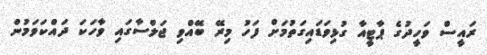
ރައީސް ވަހީދުގެ ޕާޓީއާ ގުޅިވަޑައިގަތުމަށް ފަހު މިރޭ ބޭއްވި ޖަލްސާގައި ވާހަކަ ދައްކަވަމުން